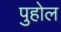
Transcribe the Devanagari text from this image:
पुहोल